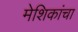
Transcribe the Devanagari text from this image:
मेशिकांचा